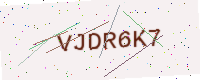
Text: VJDR6K7